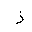
Letter: _zay